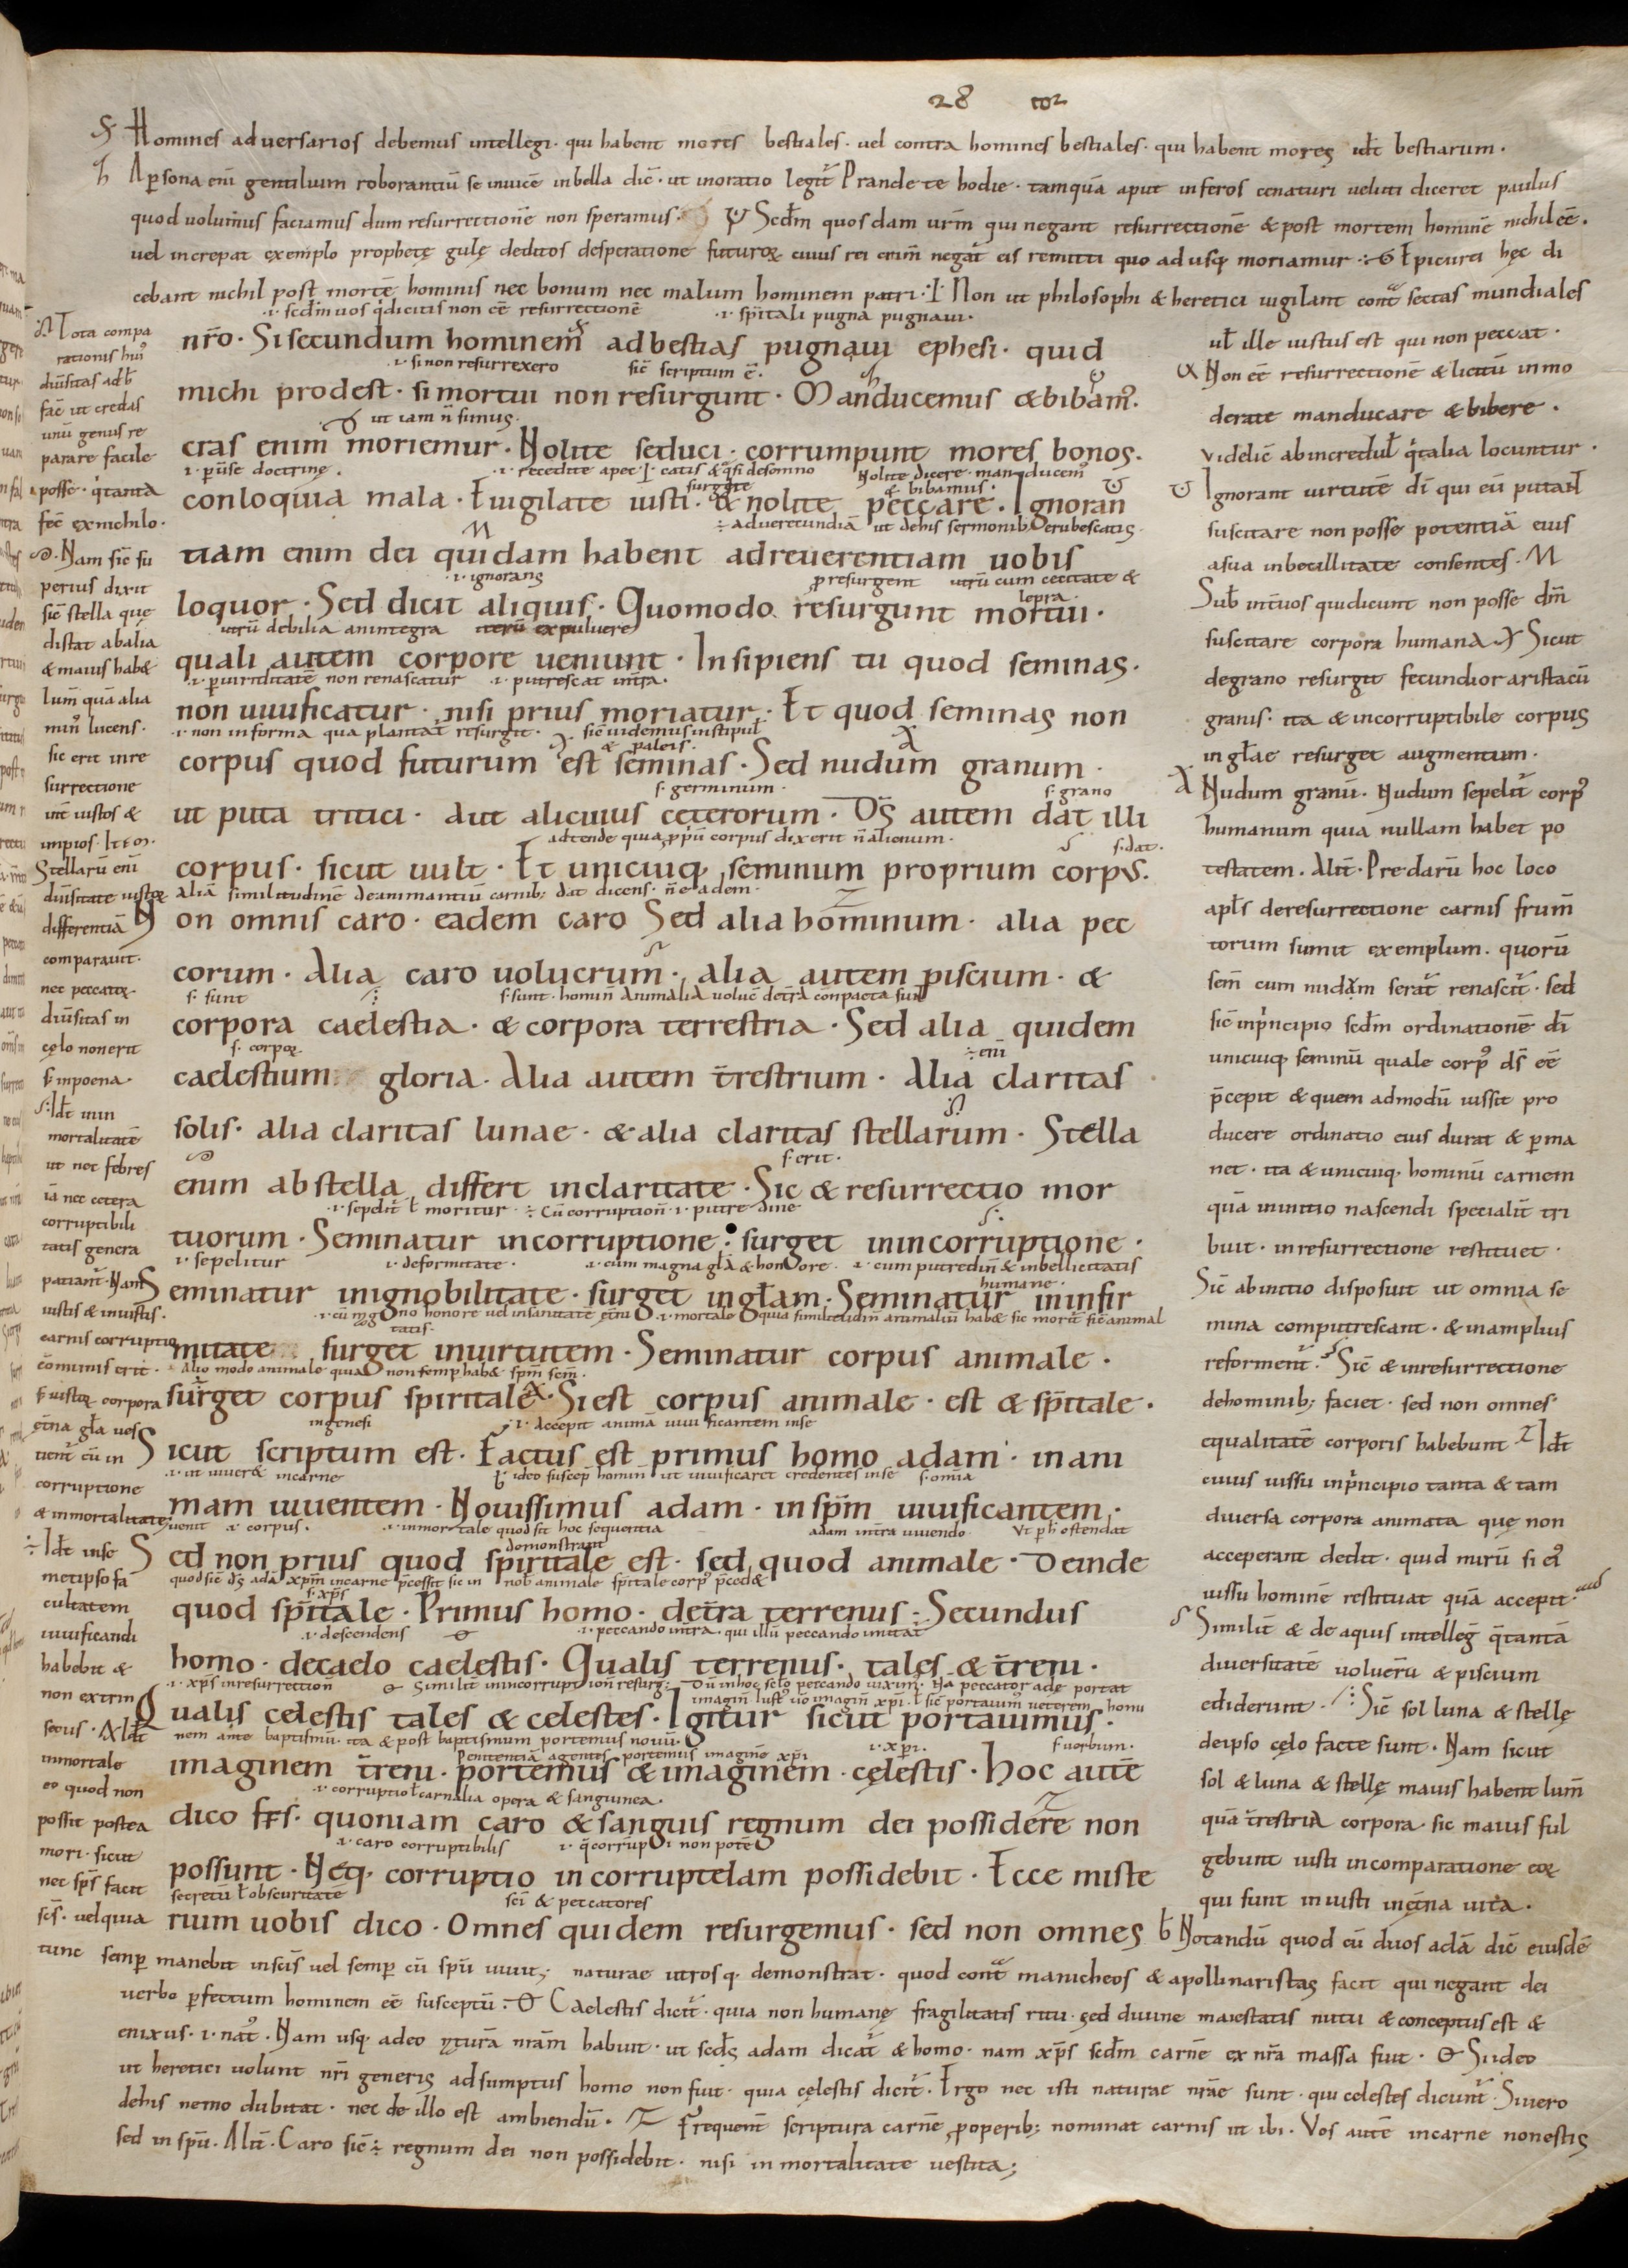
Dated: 900–999